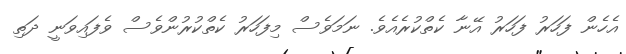
އެހެން ފަހަރު ފަހަރު އޭނާ ކެތްކުރެއެވެ. ނަމަވެސް މިފަހަރު ކެތްކުރުންވެސް ވެފައިވަނީ ދަތި